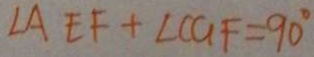
\angle A E F + \angle C G F = 9 0 ^ { \circ }